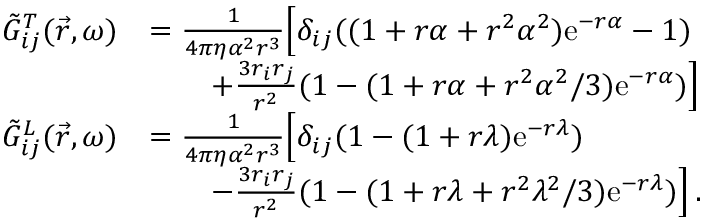
\begin{array} { r l } { \Tilde { G } _ { i j } ^ { T } ( \vec { r } , \omega ) } & { = \frac { 1 } { 4 \pi \eta \alpha ^ { 2 } r ^ { 3 } } \Big [ \delta _ { i j } ( ( 1 + r \alpha + r ^ { 2 } \alpha ^ { 2 } ) \mathrm { e } ^ { - r \alpha } - 1 ) } \\ & { \qquad + \frac { 3 r _ { i } r _ { j } } { r ^ { 2 } } ( 1 - ( 1 + r \alpha + r ^ { 2 } \alpha ^ { 2 } / 3 ) \mathrm { e } ^ { - r \alpha } ) \Big ] } \\ { \Tilde { G } _ { i j } ^ { L } ( \vec { r } , \omega ) } & { = \frac { 1 } { 4 \pi \eta \alpha ^ { 2 } r ^ { 3 } } \Big [ \delta _ { i j } ( 1 - ( 1 + r \lambda ) \mathrm { e } ^ { - r \lambda } ) } \\ & { \qquad - \frac { 3 r _ { i } r _ { j } } { r ^ { 2 } } ( 1 - ( 1 + r \lambda + r ^ { 2 } \lambda ^ { 2 } / 3 ) \mathrm { e } ^ { - r \lambda } ) \Big ] \, . } \end{array}